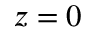
z = 0